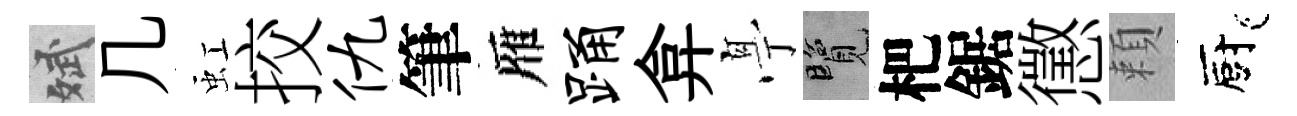
斌几虹挍仇筆雁踊弇𠅘覽杷鋸懲頼廚